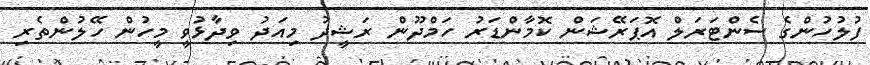
ފުލުހުންގެ ސެންޓަރަލް އޮޕަރޭޝަން ކޮމާންޑަރު ހަމްދޫން ރަޝީދު މިއަދު ވިދާޅުވީ މީހުން ހޭލުންތެރި